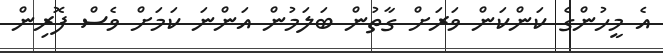
އެ މީހުންގެ ކަންކަން ވަރަށް ގާތުން ބަލަމުން އަންނަ ކަމަށް ވެސް ފޮރިން